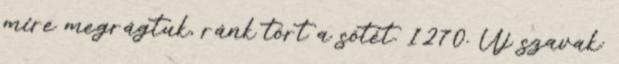
mire megrágtuk, ránk tört a sötét. 1270. Új szavak: